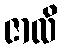
ဇာလိ